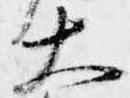
大